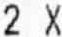
2 X